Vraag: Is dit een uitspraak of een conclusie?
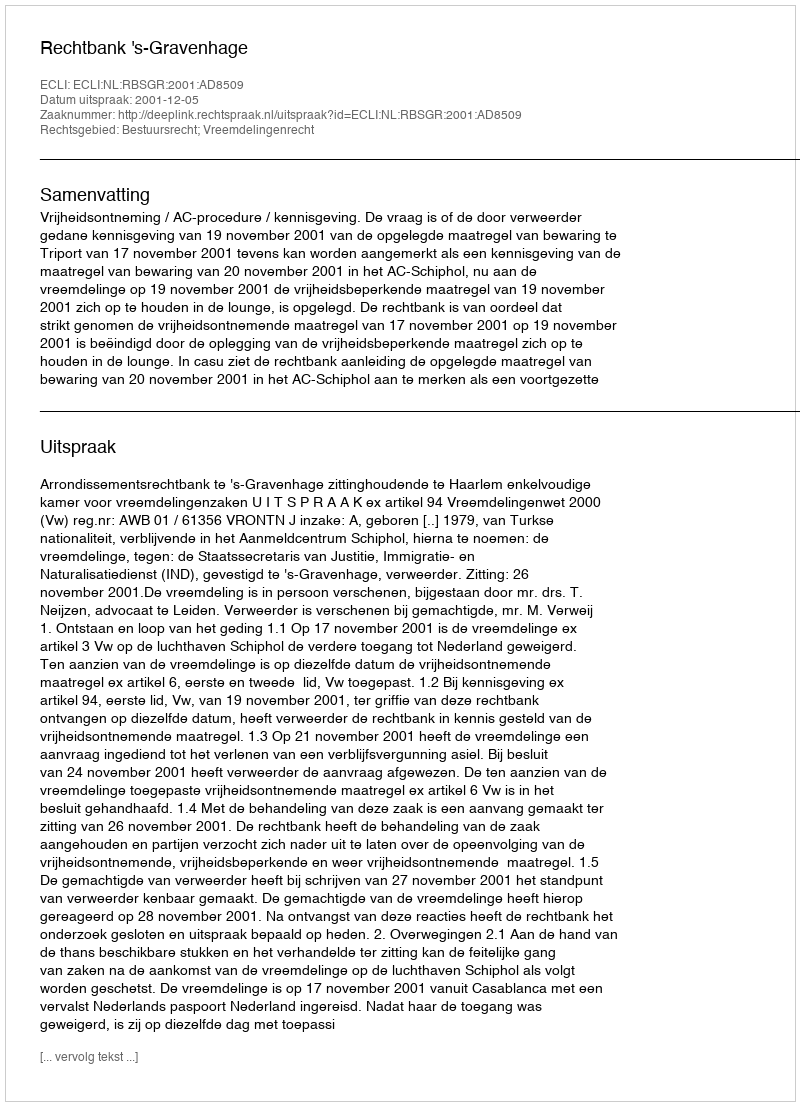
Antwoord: Uitspraak